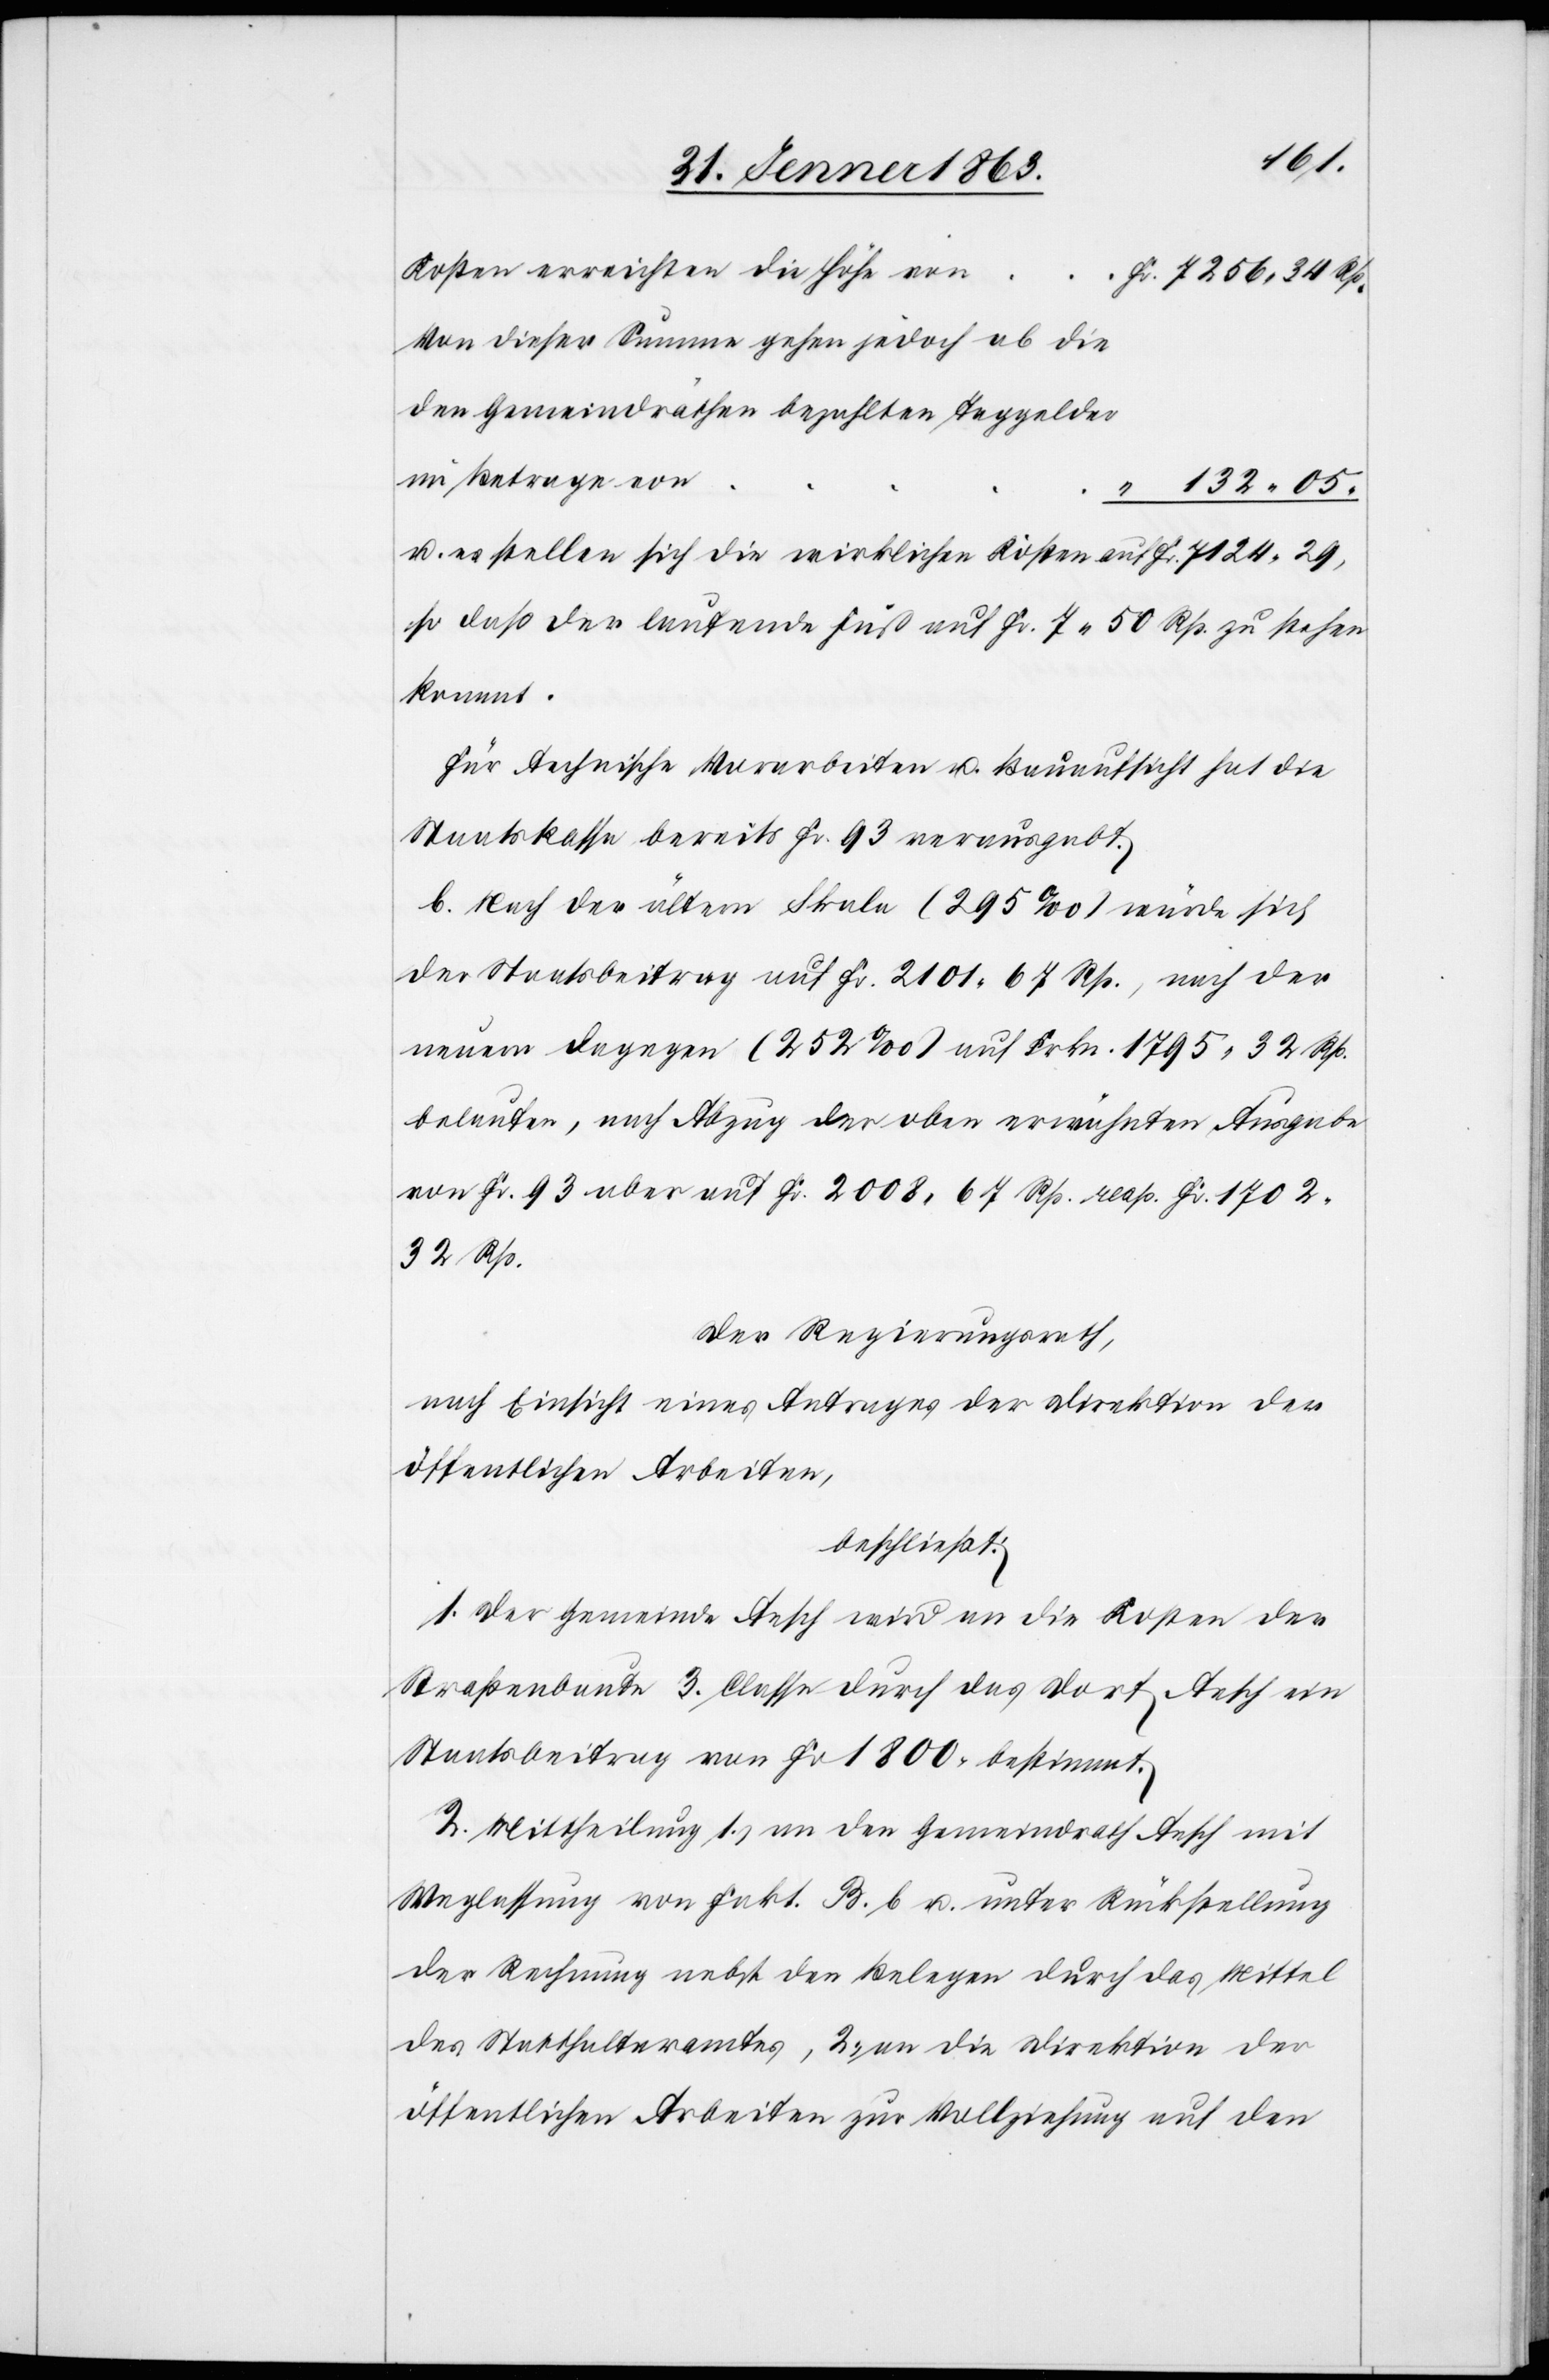
Kosten erreichten die Höhe von
Fr. 7256. 34 Rp.
Von dieser Summe gehen jedoch ab die
im Betrage von
“ 132. 05 “
u. es stellten sich die wirklichen Kosten auf	 Fr. 7124. 29,
so daß der laufende Fuß auf Fr. 7. 50 Rp. zu stehen
kommt.
Für technische Vorarbeiten u. Bauaufsicht hat die
Staatskasse bereits Fr. 93 verausgabt.
b. Nach der ältern Skala (295‰) würde sich
der Staatsbeitrag auf Fr. 2101. 67 Rp., nach der
neuern dagegen (252‰) auf Frkn. 1795. 32 Rp.
belaufen, nach Abzug der oben erwähnten Ausgabe
von Fr. 93 aber auf Fr. 2008. 67 Rp. resp. Fr. 1702.
32 Rp.
Der Regierungsrath,
nach Einsicht eines Antrages der Direktion der
öffentlichen Arbeiten,
beschließt:
1. Der Gemeinde Aesch wird an die Kosten der
Straßenbaute 3. Classe durch das Dorf Aesch ein
Staatsbeitrag von Fr 1800. bestimmt.
2. Mittheilung 1.) an den Gemeindrath Aesch mit
Weglassung von Fakt. B. b u. unter Rückstellung
der Rechnung nebst den Belegen durch das Mittel
des Statthalteramtes, 2.) an die Direktion der
öffentlichen Arbeiten zur Vollziehung auf den